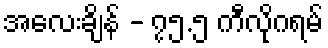
အလေးချိန် - ၇၅.၅ ကီလိုဂရမ်